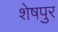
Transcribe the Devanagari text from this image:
शेषपुर